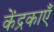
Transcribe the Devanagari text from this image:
केंद्रकाएँ